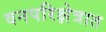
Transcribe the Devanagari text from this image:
वनपरिक्षेत्रात